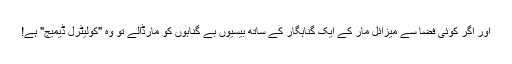
اور اگر کوئی فضا سے میزائل مار کے ایک گناہگار کے ساتھ بیسیوں بے گناہوں کو مارڈالے تو وہ "کولیٹرل ڈیمیج" ہے!